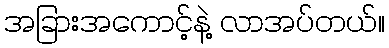
အခြားအကောင့်နဲ့ လာအပ်တယ်။